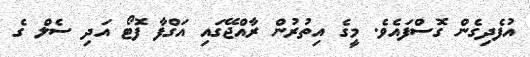
އުފެދިގެން ގޮސްފައެވެ. މީގެ އިތުރުން ރާއްޖޭގައި އަގްފާ ފޮޓޯ އަދި ސެލް ގެ